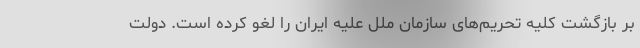
بر بازگشت کلیه تحریم‌های سازمان ملل علیه ایران را لغو کرده است. دولت